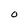
Character: O